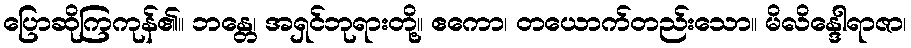
ပြောဆိုကြကုန်၏။ ဘန္တေ၊ အရှင်ဘုရားတို့။ ဧကော၊ တယောက်တည်းသော။ မိလိန္ဒေါရာဇာ၊